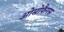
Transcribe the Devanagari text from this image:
ओसोफैगस